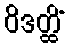
ဝိဒတ္ထိံ